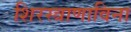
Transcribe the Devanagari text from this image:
शिरस्त्राणाविना